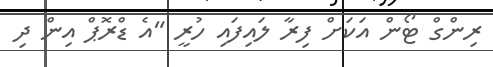
ރިންގް ޓޯން އަކަށް ފިރާ ލައިފައި ހުރީ "އެ ޑްރޮޕް އިން ދި